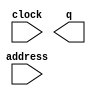
module buttons_large (
	address,
	clock,
	q);

	input	[13:0]  address;
	input	  clock;
	output	[3:0]  q;
`ifndef ALTERA_RESERVED_QIS
// synopsys translate_off
`endif
	tri1	  clock;
`ifndef ALTERA_RESERVED_QIS
// synopsys translate_on
`endif

endmodule